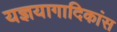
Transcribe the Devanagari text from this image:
यज्ञयागादिकांस